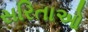
સરિતાઓ